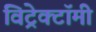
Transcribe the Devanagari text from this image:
विट्रेक्टॉमी